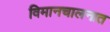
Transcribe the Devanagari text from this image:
विमानचालनात